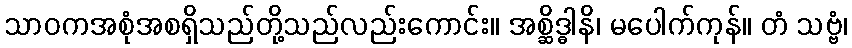
သာဝကအစုံအစရှိသည်တို့သည်လည်းကောင်း။ အစ္ဆိဒ္ဓါနိ၊ မပေါက်ကုန်။ တံ သဗ္ဗံ၊